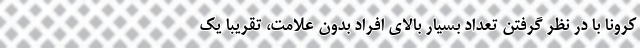
کرونا با در نظر گرفتن تعداد بسیار بالای افراد بدون علامت، تقریبا یک